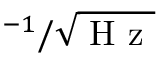
^ { - 1 } / \sqrt { \mathrm { ~ H ~ z ~ } }